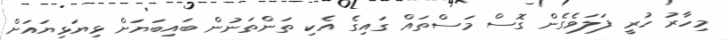
މިހާރު ހުރީ ފަލަވެގެން ގޮސް މަސްތައް ގައިގެ އެކި ތަންތަނުން ބައިބަޔަށް ޅިޔަޅިޔައަށް